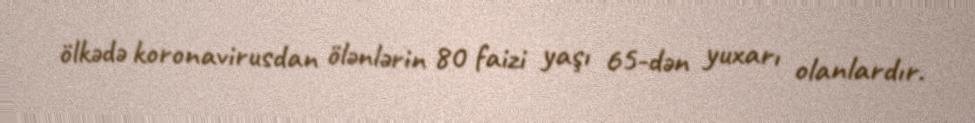
ölkədə koronavirusdan ölənlərin 80 faizi yaşı 65-dən yuxarı olanlardır.